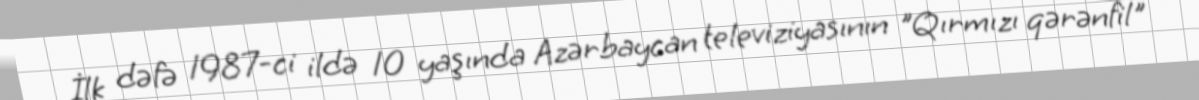
İlk dəfə 1987-ci ildə 10 yaşında Azərbaycan televiziyasının "Qırmızı qərənfil"